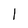
Character: l